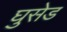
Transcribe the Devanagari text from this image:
घुसेड